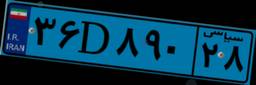
۷۲D۰۶۵۲۷